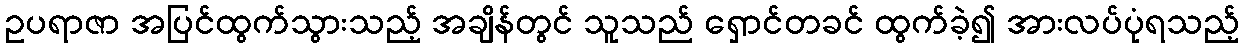
ဥပရာဇာ အပြင်ထွက်သွားသည့် အချိန်တွင် သူသည် ရှောင်တခင် ထွက်ခဲ့၍ အားလပ်ပုံရသည့်